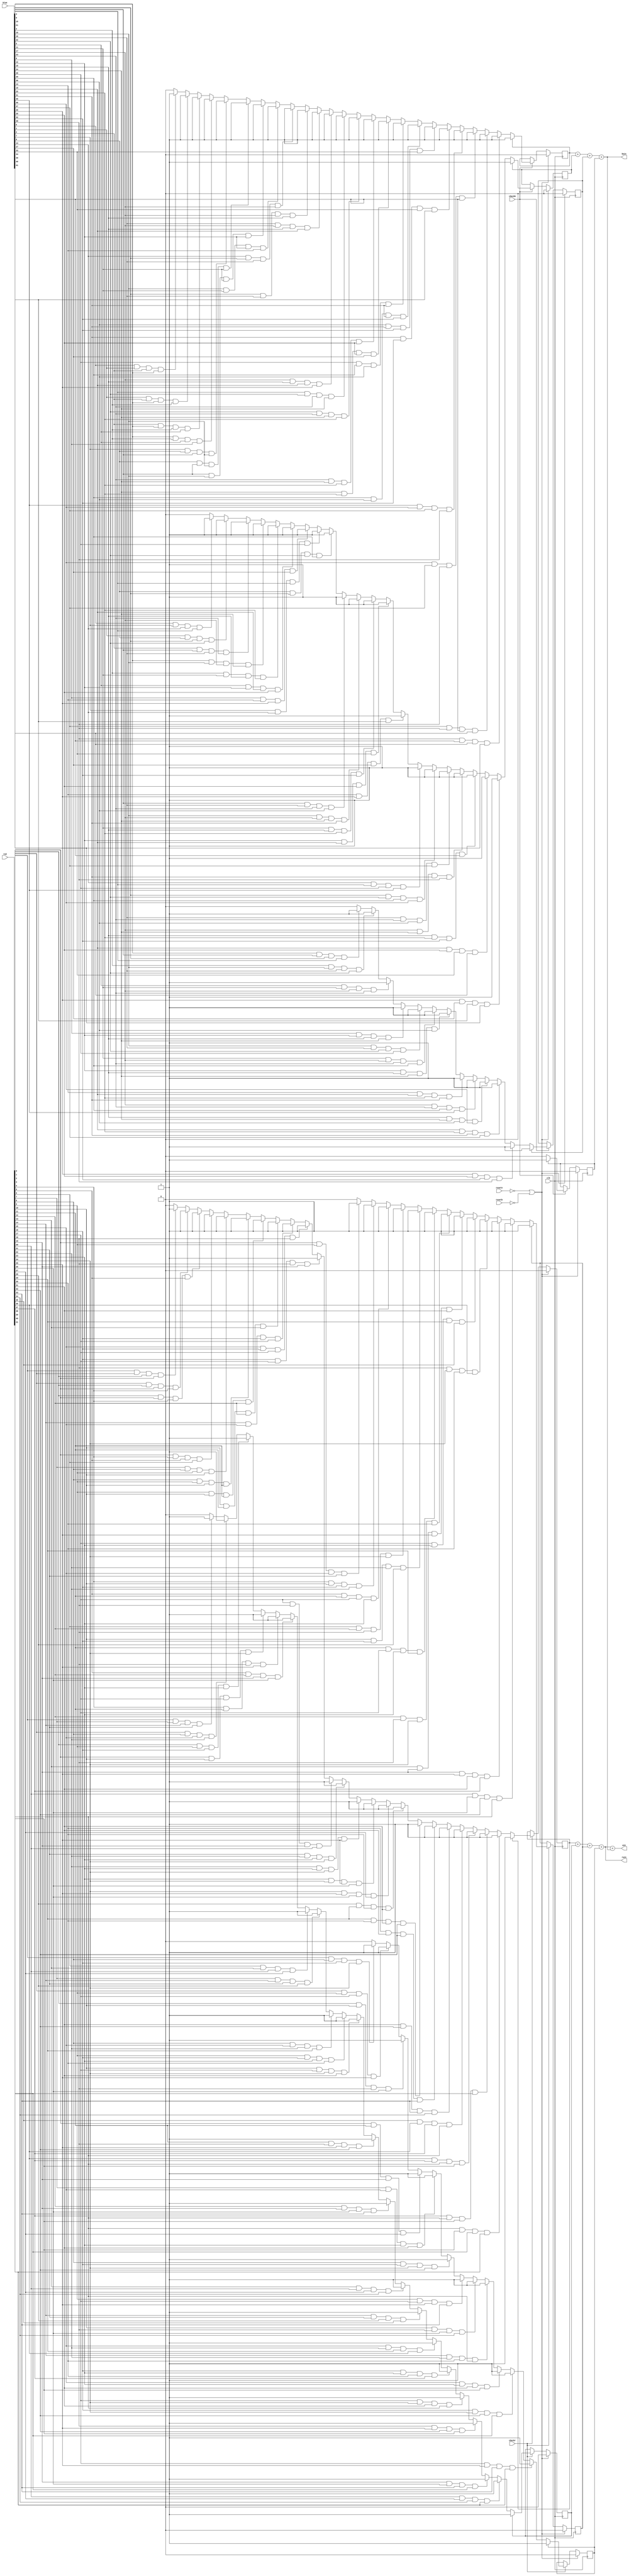
`timescale 1ns / 1ns
module gamelogic(
input clk,resetn,resetb,
input [41:0] red,
input [41:0] blue,
input checkr,checkb,

output rwin,bwin,win);

integer i;
reg rwinr,rwinc,rwinldiag,rwinrdiag;
reg bwinr,bwinc,bwinldiag,bwinrdiag;

//row
always@(posedge clk)begin 
if(!resetn || !resetb)
		rwinr<=0;
else if(checkr)begin
		if (!rwinr)begin
			for(i=0;i<=38;i=i+1)begin
				if ((i<=3) || (i>=7 && i<=10) || (i>=14 && i<=17) || (i>=21 && i<=24) || (i>=28 && i<=31) || (i>=35))begin
					if ((red[i]&red[i+1]&red[i+2]&red[i+3]))
						rwinr<=1;
				end
			end
		end
	end
end
	//col
always@(posedge clk)begin 
if(!resetn || !resetb)
	rwinc<=0;
else if(checkr)begin
		if(!rwinc)begin
			for(i=0;i<=20;i=i+1)begin
				if ((red[i]&red[7+i]&red[14+i]&red[21+i]))
					rwinc<=1;
			end
		end
	end
end
//left diag
always@(posedge clk)begin 
if(!resetn || !resetb)
		rwinldiag<=0;
else if(checkr)begin
		if (!rwinldiag)begin
			for(i=0;i<=20;i=i+1)begin
				if (i==20 || i==13 || i==19 || i==6 || i==12 || i==18 || i==11 || i==5 || i==17 || i==4 || i==10 || i==3)begin
					if ((red[i]&red[6+i]&red[12+i]&red[18+i]))
						rwinldiag<=1;
				end					
			end
		end
	end
end
//rightdiag
always@(posedge clk)begin 
if(!resetn || !resetb)
		rwinrdiag<=0;
else if(checkr)begin
		if (!rwinrdiag)begin
			for(i=0;i<=17;i=i+1)begin
				if (i==14 || i==7 || i==15 || i==0 || i==8 || i==16 || i==1 || i==9 || i==17 || i==2 || i==10 || i==3)begin
					if ((red[i]&red[8+i]&red[16+i]&red[24+i]))
						rwinrdiag<=1;
				end					
			end
		end
	end
end
	
always@(posedge clk)begin 
if(!resetn || !resetb)
		bwinr<=0;
else if(checkb)begin
		if (!bwinr)begin
			for(i=0;i<=38;i=i+1)begin
				if (( i<=3) || (i>=7 && i<=10) || (i>=14 && i<=17) || (i>=21 && i<=24) || (i>=28 && i<=31) || (i>=35))begin
					if ((blue[i]&blue[1+i]&blue[2+i]&blue[3+i]))begin
						bwinr<=1;
					end
				end
			end
		end
	end
end
always@(posedge clk)begin 
if(!resetn || !resetb)
		bwinc<=0;
else if(checkb)begin
		if(!bwinc)begin
			for(i=0;i<=20;i=i+1)begin
				if ((blue[i]&blue[7+i]&blue[14+i]&blue[21+i]))begin
						bwinc<=1;
				end
			end
		end
	end
end
always@(posedge clk)begin 
if(!resetn || !resetb)
		bwinldiag<=0;
else if(checkb)begin
		if (!bwinldiag)begin
			for(i=0;i<=20;i=i+1)begin
				if (i==20 || i==13 || i==19 || i==6 || i==12 || i==18 || i==5 || i==11 || i==17 || i==4 || i==10 || i==3)begin
					if ((blue[i]&blue[6+i]&blue[12+i]&blue[18+i]))begin
						bwinldiag<=1;
					end
				end
			end
		end
	end
end

always@(posedge clk)begin 
if(!resetn || !resetb)
		bwinrdiag<=0;
else if(checkb)begin
		if (!bwinrdiag)begin
			for(i=0;i<=17;i=i+1)begin
					if (i==14 || i==7 || i==15 || i==0 || i==8 || i==16 || i==1 || i==9 || i==17 || i==2 || i==10 || i==3)begin
						if ((blue[i]&blue[8+i]&blue[16+i]&blue[24+i])== 4)begin
							bwinrdiag<=1;
						end
					end					
				end
			end
		end
	end
	
assign rwin=rwinr+rwinc+rwinldiag+rwinrdiag;
assign bwin=bwinr+bwinc+bwinldiag+bwinrdiag;
assign win=rwin+bwin;
endmodule